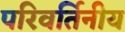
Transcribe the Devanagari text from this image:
परिवर्तिनीय